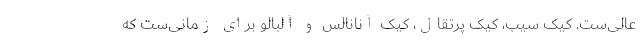
عالی‌ست. کیک سیب، کیک پرتقال، کیک آنانالس و آلبالو برای زمانی‌ست که